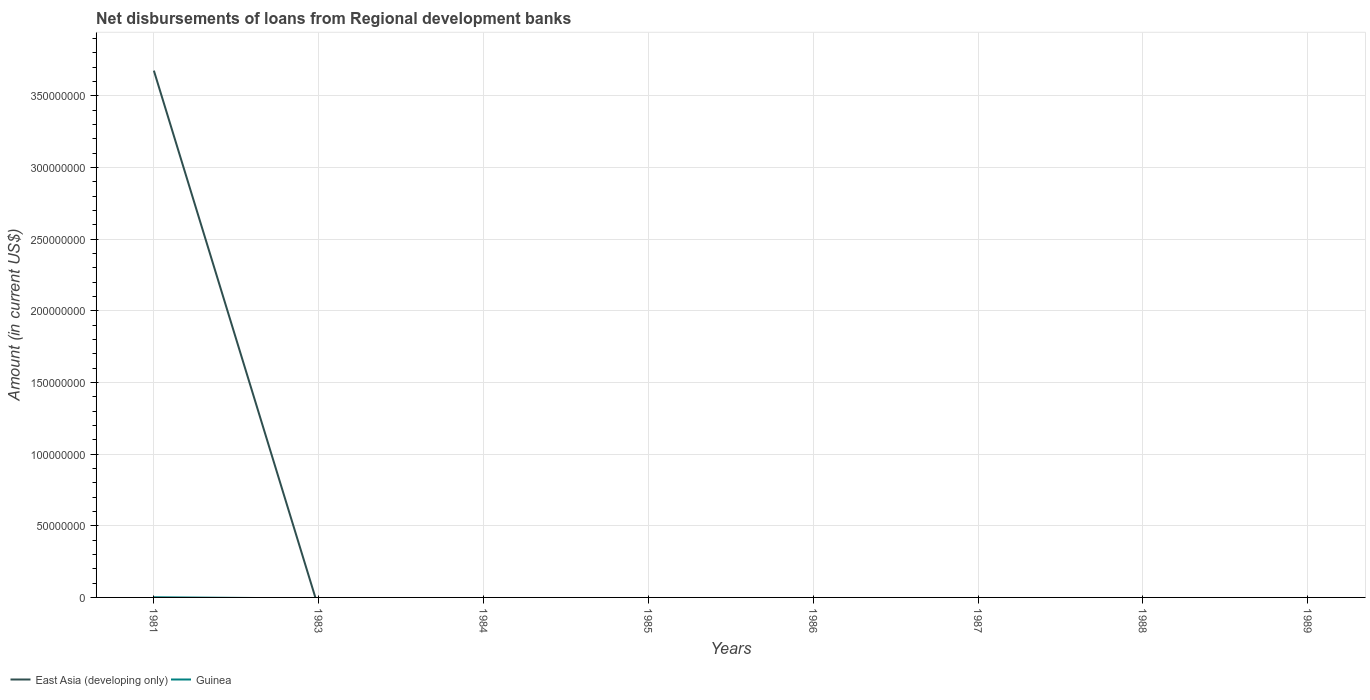
| Years | East Asia (developing only) | Guinea |
 | --- | --- | --- |
 | 1981 | 3.68e+08 | 1.07e+05 |
 | 1983 | -7.69e+06 | -7.18e+05 |
 | 1984 | -3.16e+07 | -2.04e+06 |
 | 1985 | -5.28e+07 | -4.01e+06 |
 | 1986 | -1.1e+08 | -5.48e+06 |
 | 1987 | -1.68e+08 | -6.12e+06 |
 | 1988 | -1.57e+08 | -5.38e+06 |
 | 1989 | -1.23e+08 | -3.44e+06 |